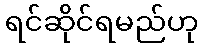
ရင်ဆိုင်ရမည်ဟု